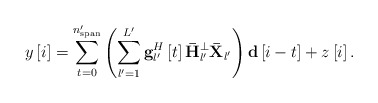
\begin{align*} y\left[ i \right] = \sum\limits_{t = 0}^{{n'_{{\rm{span}}}}} {\left( {\sum\limits_{l' = 1}^{L'} {{\bf{g}}_{l'}^H\left[ t \right]{{\bf{\bar H}}_{l'}^ \bot {\bf{\bar X}}_{l'} }} } \right){{\bf{d}}\left[ {i - t } \right]}}+ z\left[ {i} \right]. \end{align*}